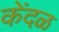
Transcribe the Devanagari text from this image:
केंदळ